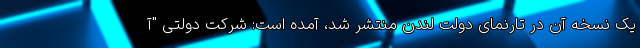
یک نسخه آن در تارنمای دولت لندن منتشر شد، آمده است: شرکت دولتی "آ